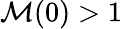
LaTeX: {\cal M}(0)>1